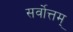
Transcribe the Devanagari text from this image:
सर्वोत्तम्